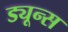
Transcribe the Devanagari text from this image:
ड्यून्स